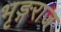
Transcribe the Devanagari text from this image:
भृङ्गराज